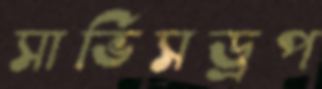
সার্ভিসড্রপ